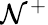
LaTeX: \mathcal{N}^{+}